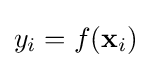
y_{i}=f(\mathbf {x} _{i})